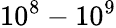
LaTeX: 10^{8}-10^{9}